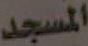
المسجد